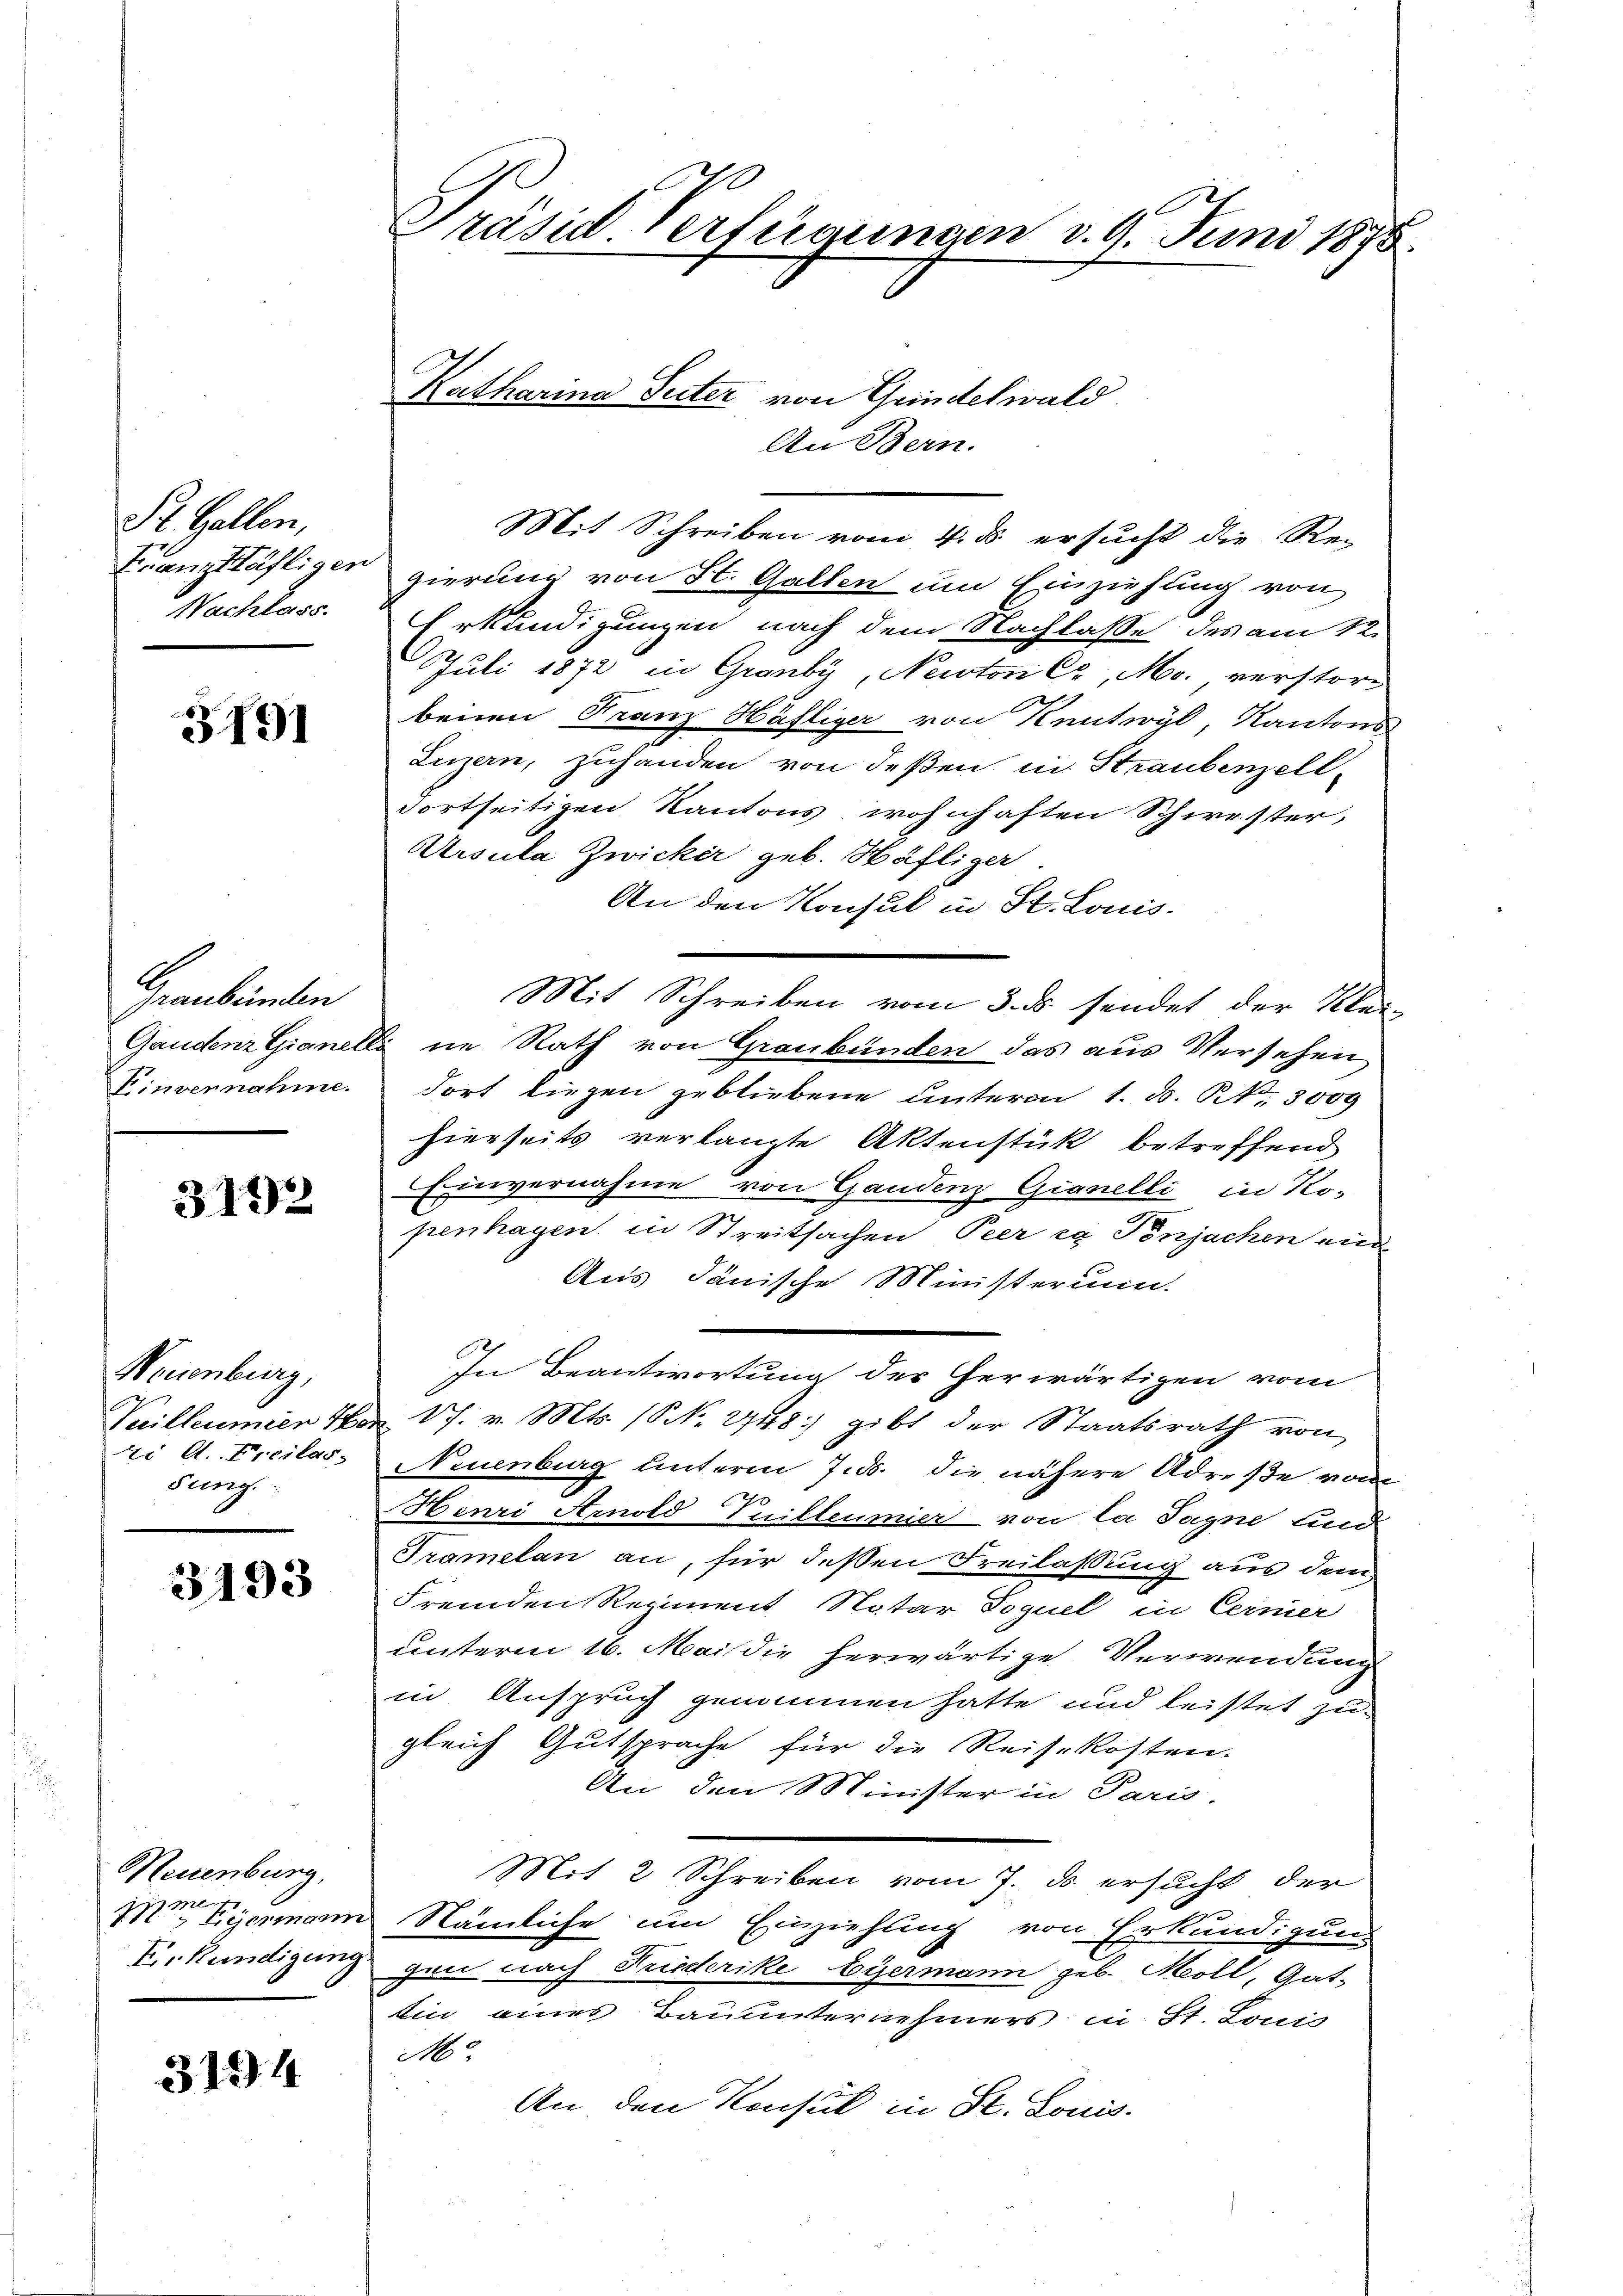
St. Gallen,
Nachlass.

3191

Graubünden
Kinvernahme.

3.192

Neuenburg,
Veilleumier 4.
ti A. Freilas-
sung.

3193

Neuenburg,
E. Kundigung

3194

Präsid. Verfügungen d. 9. Juni 1895.

Mit Schreiben vom 4. ds. ersucht die Re-
Franz Häfliger gierung von St. Gallen um Einziehung von
Erkundigungen nach dem Nachlasse des am 12.
Juli 1872 in Grauby, Neuton Cr, Mo. verstorbenen Franz Häfliger von Knutwyl, Kantons
Luzern, zuhanden von deßen in Straubenzell-
Fortseitigen Kantons, wohnhaften Schirrster,
Ursula Zwicker geb. Häfliger
An den Konsul in St. Louis-
Mit Schreiben vom 3. ds. sendet der Klei-
Gaudenz Gianelli in Rath von Graubünden das aus Versehen,
dort liegen gebliebene unterm 1. d. Nr. 3000
hierseits verlangte Aktenstük betreffend
Einvernahme von Gandenz Gianelli in Ko-
penhagen, in Streitsachen Peer in Tonjachen unn
Aus dänische Ministerium.
In Beantwortung der herwärtigen vom
 17. v. Mts. (N. 2748) gibt der Staatsrath von
Neuenburg unterm 7. ds. die nähere Adreße vom
Henri Arnold Puilleumier von la Sagne und
Tramelan an, für deßen Freilassung aus dem
Fremden Regiment Notar Doguel in Cernier
unterm 16. Mai die herwärtige Verwendung
in Anspruch genommen hatte und leistet zu
gleich Gutsprache für die Reisekosten.
An den Minister in Paris.
Mit 2 Schreiben vom 7. d. ersucht der
M Eyermann Nämliche um Einziehung von Erkundigung
gen nach Friederike Eyermann geb. Moll, Gat-
Ein eines Bauunternehmers in St. Louis
M.
An den Konsul in St. Louis.

An Bern.

Katharina Seiter von Gündelwald